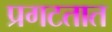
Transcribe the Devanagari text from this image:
प्रगटतात